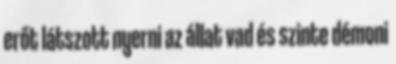
erőt látszott nyerni az állat vad és szinte démoni